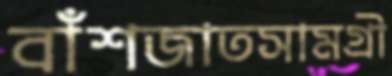
বাঁশজাতসামগ্রী